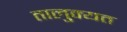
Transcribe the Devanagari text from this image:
तालुक्यत